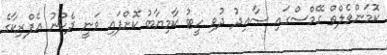
ކޮމަންވެލްތް ގޭމްސްގައި ސާއިދު ދުވި ހީޓު ކާމިޔާބު ކޮށްފައި ވަނީ ދެކުނު އެފްރިކާގެ